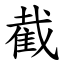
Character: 截